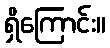
ရှိကြောင်း။